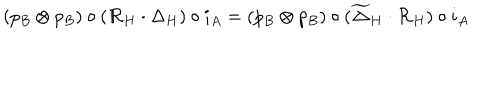
LaTeX: ( p _ { B } \otimes p _ { B } ) \circ ( { \cal R } _ { H } \cdot \Delta _ { H } ) \circ i _ { A } = ( p _ { B } \otimes p _ { B } ) \circ ( \widetilde \Delta _ { H } \cdot { \cal R } _ { H } ) \circ i _ { A }